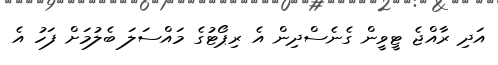
އަދި ރާއްޖެ ޓީވީން ގެނެސްދިން އެ ރިޕޯޓުގެ މައްސަލަ ބެލުމަށް ފަހު އެ